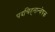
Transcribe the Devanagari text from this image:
पदचिह्‌नान्वेषक